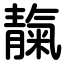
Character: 靝